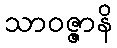
သာဝဇ္ဇာနိ